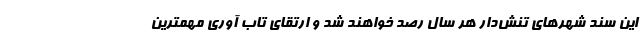
این سند شهرهای تنش‌دار هر سال رصد خواهند شد و ارتقای تاب آوری مهمترین